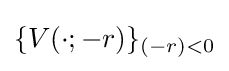
\{V(\cdot ;-r)\}_{(-r)<0}